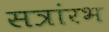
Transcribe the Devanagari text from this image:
सत्रांरभ